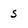
Character: s